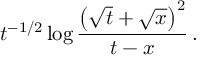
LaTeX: t ^ { - 1 / 2 } \log { \frac { \left( \sqrt { t } + \sqrt { x } \right) ^ { 2 } } { t - x } } \, .